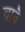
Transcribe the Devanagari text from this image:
चावै